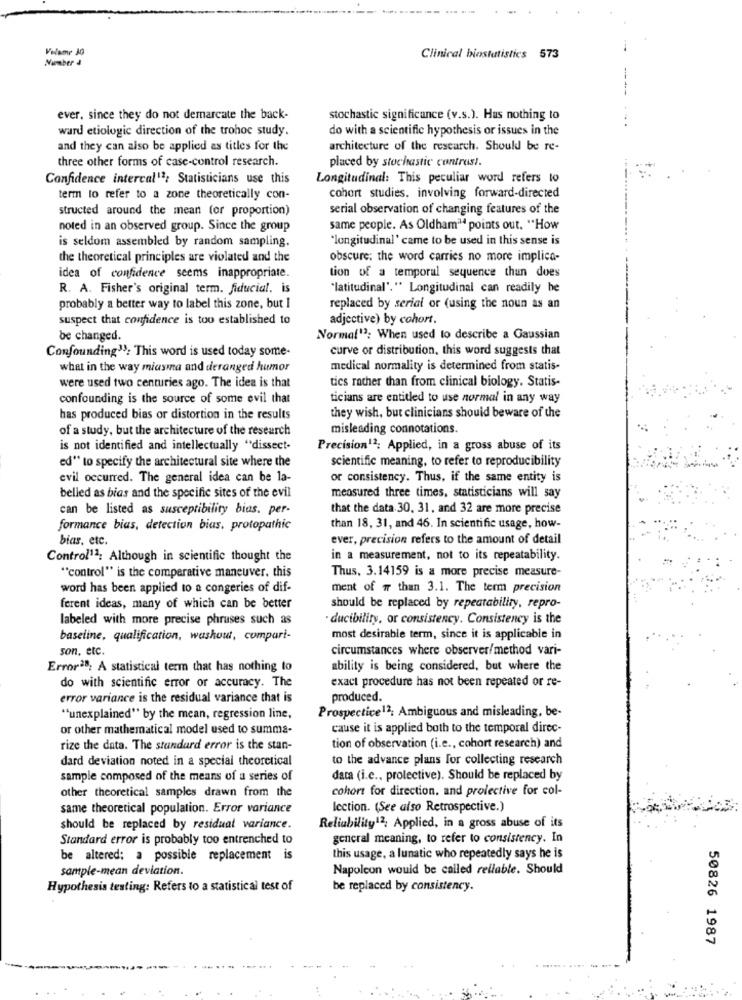
Velame 30
Number 4
Clinical biostatistics 573
ever, since they do not demarcate the back-
stochastic significance (v.s.). Has nothing to
ward etiologic direction of the trohoc study.
do with a scientific hypothesis or issues in the
and they can also be applied as titles for the
architecture of the research. Should be re-
three other forms of case-control research.
placed by stochastic contrast.
Confidence intercal12; Statisticians use this
Longitudinal: This peculiar word refers to
term to refer to a zone theoretically con-
cohort studies. involving forward-directed
structed around the mean (or proportion)
serial observation of changing features of the
noted in an observed group. Since the group
same people. As Oldham™Hd points out. "How
is seldom assembled by random sampling.
"longitudinal' came to be used in this sense is
the theoretical principles are violated and the
obscure: the word carries no more implica-
idea of confidence seems inappropriate.
tion of a temporal sequence than does
R. A. Fisher's original term. fiducial. is
"latitudinal"." Longitudinal can readily he
probably a better way to label this zone, but I
replaced by serial or (using the noun as an
suspect that confidence is too established to
adjective) by cohort.
be changed.
Normal"3: When used to describe a Gaussian
Confounding33: This word is used today some-
curve or distribution, this word suggests that
what in the way miasma and deranged humor
medical normality is determined from statis-
tics rather than from clinical biology. Statis-
were used two centuries ago. The idea is that
confounding is the source of some evil that
ticians are entitled to use normal in any way
has produced bias or distortion in the results
they wish, but clinicians should beware of the
of a study, but the architecture of the research
misleading connotations.
is not identified and intellectually "dissect-
Precision12: Applied, in a gross abuse of its
scientific meaning, to refer to reproducibility
ed" to specify the architectural site where the
evil occurred. The general idea can be la-
or consistency. Thus, if the same entity is
belled as bias and the specific sites of the evil
measured three times, statisticians will say
can be listed as susceptibility bias. per-
that the data 30, 31, and 32 are more precise
formance bias, detection bias, protopathic
than 18, 31, and 46. In scientific usage, how-
bias, etc.
ever, precision refers to the amount of detail
Control11; Although in scientific thought the
in a measurement, not to its repeatability.
"control" is the comperative maneuver. this
Thus, 3.14159 is a more precise measure-
word has been applied to a congeries of dif-
ment of w than 3.1. The term precision
ferent ideas, many of which can be better
should be replaced by repeatability, repro-
labeled with more precise phrases such as
· ducibility, or consistency. Consistency is the
baseline, qualification, washout, compari-
most desirable term, since it is applicable in
son, etc.
circumstances where observer/method vari-
Error28; A statistical term that has nothing to
ability is being considered, but where the
do with scientific error or accuracy. The
exact procedure has not been repeated or re-
error variance is the residual variance that is
produced.
"unexplained" by the mean, regression line,
Prospective12: Ambiguous and misleading, be-
or other mathematical model used to summa-
cause it is applied both to the temporal direc-
rize the data. The standard error is the stan-
tion of observation (i.e ., cohort research) and
dard deviation noted in a special theoretical
to the advance plans for collecting research
sample composed of the means of a series of
data (i.c ., protective). Should be replaced by
other theoretical samples drawn from the
cohort for direction, and prolective for col-
same theoretical population. Error variance
lection. (See also Retrospective.)
should be replaced by residual variance.
Reliability12; Applied, in a gross abuse of its
Standard error is probably too entrenched to
general meaning, to refer to consistency. In
be altered; a possible replacement is
this usage, a lunatic who repeatedly says he is
sample-mean deviation.
Napoleon would be called reliable. Should
Hypothesis testing: Refers to a statistical test of
be replaced by consistency.
50826 1987